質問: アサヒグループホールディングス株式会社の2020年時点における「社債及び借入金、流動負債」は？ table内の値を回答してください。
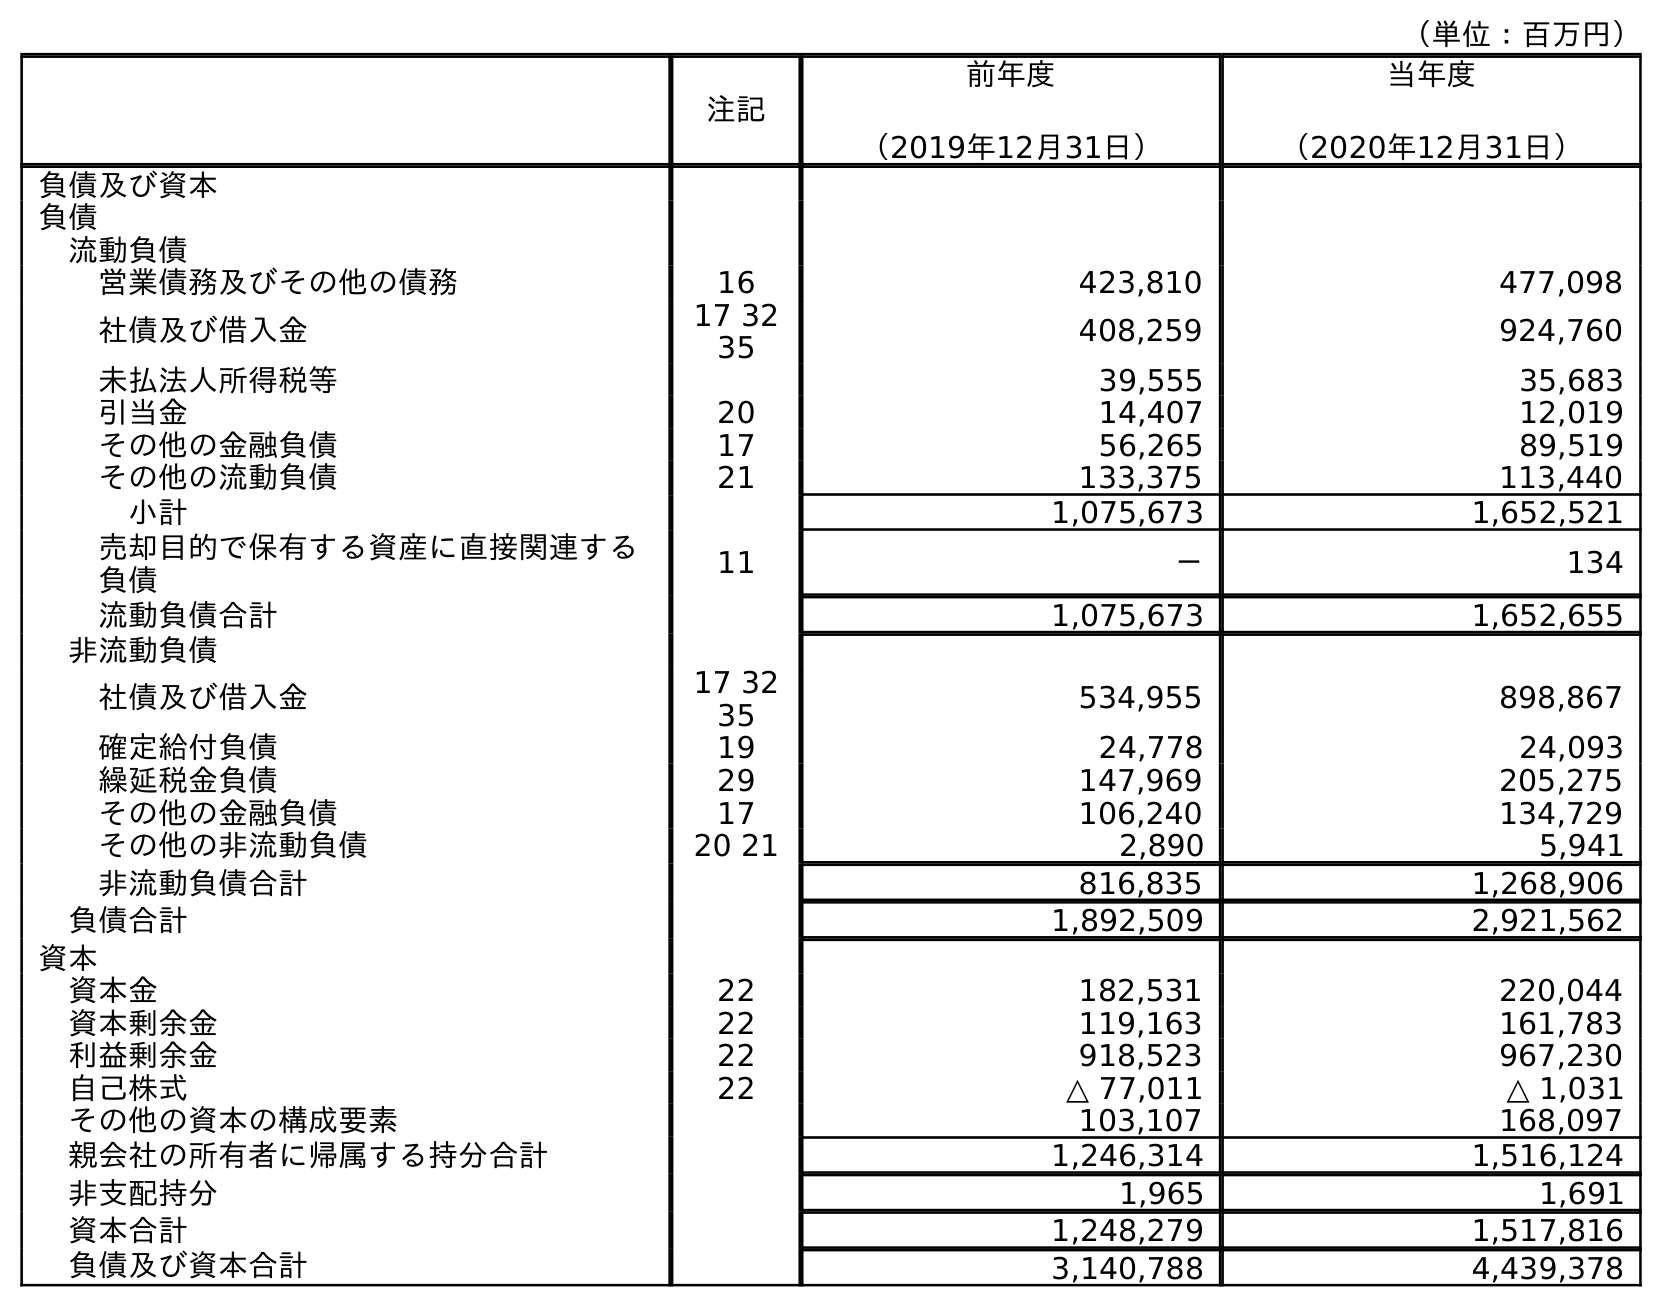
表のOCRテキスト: （単位：百万円） 注記 前年度 （2019年12月31日） 当年度 （2020年12月31日） 負債及び資本 負債 流動負債 営業債務及びその他の債務 16 423,810 477,098 社債及び借入金 17 32 35 408,259 924,760 未払法人所得税等 39,555 35,683 引当金 20 14,407 12,019 その他の金融負債 17 56,265 89,519 その他の流動負債 21 133,375 113,440 小計 1,075,673 1,652,521 売却目的で保有する資産に直接関連する 負債 11 － 134 流動負債合計 1,075,673 1,652,655 非流動負債 社債及び借入金 17 32 35 534,955 898,867 確定給付負債 19 24,778 24,093 繰延税金負債 29 147,969 205,275 その他の金融負債 17 106,240 134,729 その他の非流動負債 20 21 2,890 5,941 非流動負債合計 816,835 1,268,906 負債合計 1,892,509 2,921,562 資本 資本金 22 182,531 220,044 資本剰余金 22 119,163 161,783 利益剰余金 22 918,523 967,230 自己株式 22 △ 77,011 △ 1,031 その他の資本の構成要素 103,107 168,097 親会社の所有者に帰属する持分合計 1,246,314 1,516,124 非支配持分 1,965 1,691 資本合計 1,248,279 1,517,816 負債及び資本合計 3,140,788 4,439,378
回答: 924,760